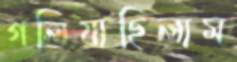
গলিয়াছিলাম